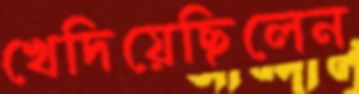
খেদিয়েছিলেন